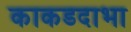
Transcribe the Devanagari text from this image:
काकडदाभा